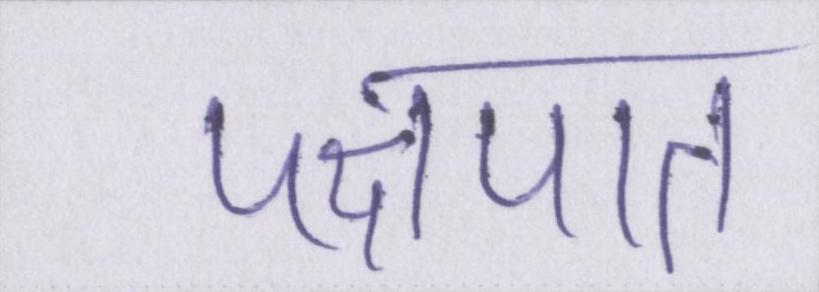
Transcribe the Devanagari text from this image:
पक्षपात